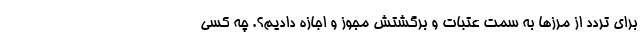
برای تردد از مرزها به سمت عتبات و برگشتش مجوز و اجازه دادیم؟. چه کسی